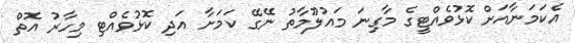
އެކަމަނާއަށް ކޮޅުވެއްޓީގެ މާގިނަ މައުލޫމާތު ނޭގޭ ކަމަށާ އަދި ކޮޅުވެއްޓި މިހާރު އޮތް